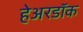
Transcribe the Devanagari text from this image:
हेअरडॉक